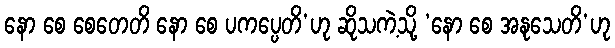
နော စေ စေတေတိ နော စေ ပကပ္ပေတိ’ဟု ဆိုသကဲ့သို့ ‘နော စေ အနုသေတိ’ဟု